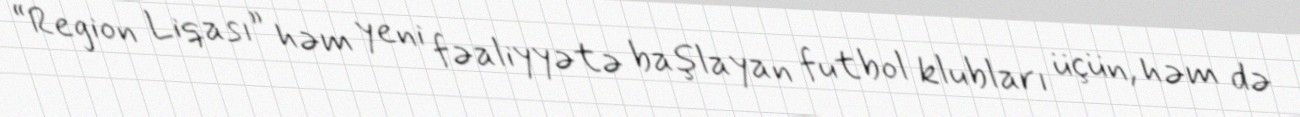
“Region Liqası” həm yeni fəaliyyətə başlayan futbol klubları üçün, həm də